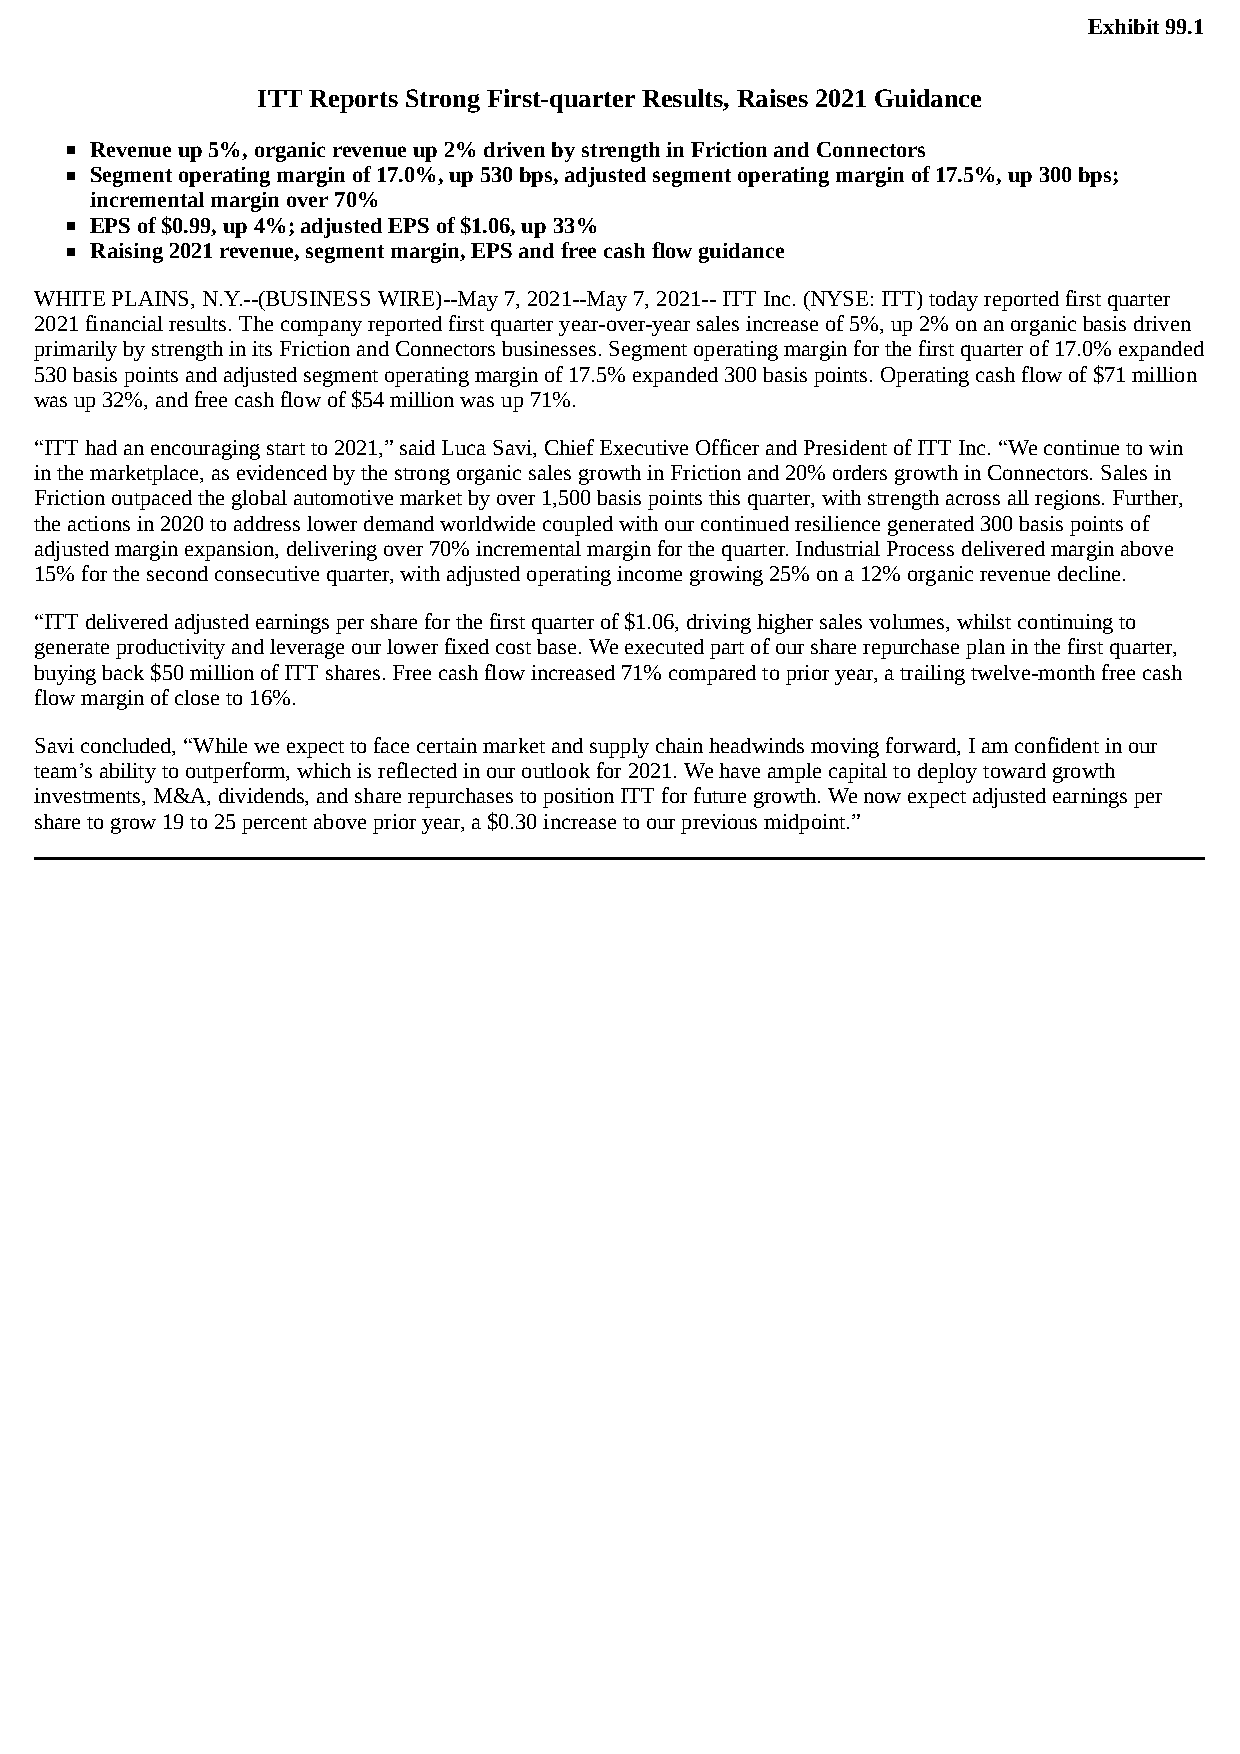
Exhibit 99.1
 ITT Reports Strong First-quarter Results, Raises 2021 Guidance
 Revenue up 5%, organic revenue up 2% driven by strength in Friction and Connectors
 Segment operating margin of 17.0%, up 530 bps, adjusted segment operating margin of 17.5%, up 300 bps;
 incremental margin over 70%
 EPS of $0.99, up 4%; adjusted EPS of $1.06, up 33%
 Raising 2021 revenue, segment margin, EPS and free cash flow guidance
 WHITE PLAINS, N.Y.--(BUSINESS WIRE)--May 7, 2021--May 7, 2021-- ITT Inc. (NYSE: ITT) today reported first quarter
 2021 financial results. The company reported first quarter year-over-year sales increase of 5%, up 2% on an organic basis driven
 primarily by strength in its Friction and Connectors businesses. Segment operating margin for the first quarter of 17.0% expanded
 530 basis points and adjusted segment operating margin of 17.5% expanded 300 basis points. Operating cash flow of $71 million
 was up 32%, and free cash flow of $54 million was up 71%.
 “ITT had an encouraging start to 2021,” said Luca Savi, Chief Executive Officer and President of ITT Inc. “We continue to win
 in the marketplace, as evidenced by the strong organic sales growth in Friction and 20% orders growth in Connectors. Sales in
 Friction outpaced the global automotive market by over 1,500 basis points this quarter, with strength across all regions. Further,
 the actions in 2020 to address lower demand worldwide coupled with our continued resilience generated 300 basis points of
 adjusted margin expansion, delivering over 70% incremental margin for the quarter. Industrial Process delivered margin above
 15% for the second consecutive quarter, with adjusted operating income growing 25% on a 12% organic revenue decline.
 “ITT delivered adjusted earnings per share for the first quarter of $1.06, driving higher sales volumes, whilst continuing to
 generate productivity and leverage our lower fixed cost base. We executed part of our share repurchase plan in the first quarter,
 buying back $50 million of ITT shares. Free cash flow increased 71% compared to prior year, a trailing twelve-month free cash
 flow margin of close to 16%.
 Savi concluded, “While we expect to face certain market and supply chain headwinds moving forward, I am confident in our
 team’s ability to outperform, which is reflected in our outlook for 2021. We have ample capital to deploy toward growth
 investments, M&A, dividends, and share repurchases to position ITT for future growth. We now expect adjusted earnings per
 share to grow 19 to 25 percent above prior year, a $0.30 increase to our previous midpoint.”